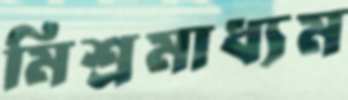
মিশ্রমাধ্যম